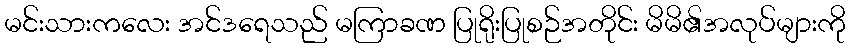
မင်းသားကလေး အင်ဒရေသည် မကြာခဏ ပြုရိုးပြုစဉ်အတိုင်း မိမိ၏အလုပ်များကို